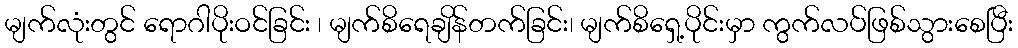
မျက်လုံးတွင် ရောဂါပိုးဝင်ခြင်း ၊ မျက်စိရေချိန်တက်ခြင်း၊ မျက်စိရှေ့ပိုင်းမှာ ကွက်လပ်ဖြစ်သွားစေပြီး